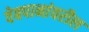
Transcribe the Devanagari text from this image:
वेबपानांवरील